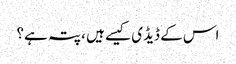
اس کے ڈیڈی کیسے ہیں ، پتہ ہے؟